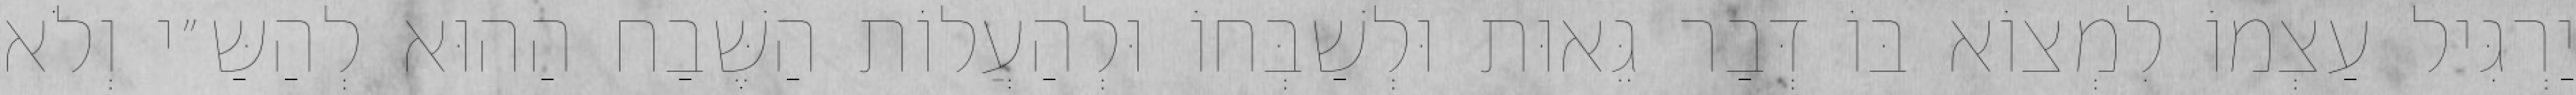
יַרְגִּיל עַצְמוֹ לִמְצוֹא בּוֹ דְּבַר גֵּאוּת וּלְשַׁבְּחוֹ וּלְהַעֲלוֹת הַשֶּׁבַח הַהוּא לְהַשַּ״י וְלֹא